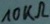
Text: 10KΩ